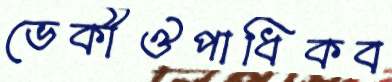
ভেকীঔপাধিকব